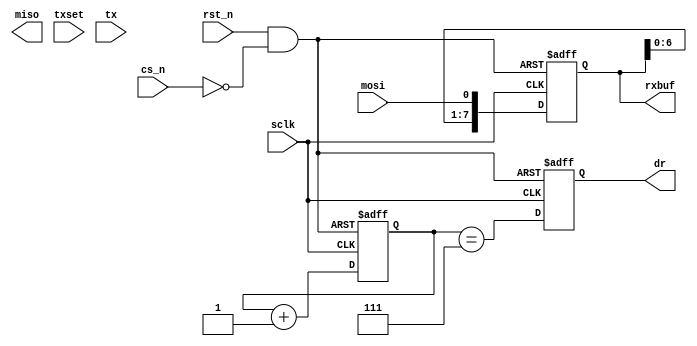
module spi_slave(
                 input        rst_n,
                 input        cs_n,
                 input        sclk,
                 input        mosi,
                 output       miso,
                 output [7:0] rxbuf,
                 input        txset,
                 input [7:0]  tx,
                 output       dr
                 );

   reg [7:0]                  rxbuf;
   reg                        dr;
   reg                        miso;

   reg [7:0]                  txbuf;
   reg [2:0]                  count;

   wire                       rst = rst_n && (!cs_n);

   always @ (posedge sclk, negedge rst)
     begin
        if (!rst)
          begin
             count <= 0;
             dr <= 0;
             rxbuf <= 0;
            end
        else
          begin
             count <= count + 1;
             dr <= count == 3'd7;
             rxbuf <= {rxbuf[6:0], mosi};
          end
        //miso <= txbuf[];
     end

   always @ (negedge txset)
     begin
        txbuf <= tx;
     end
endmodule